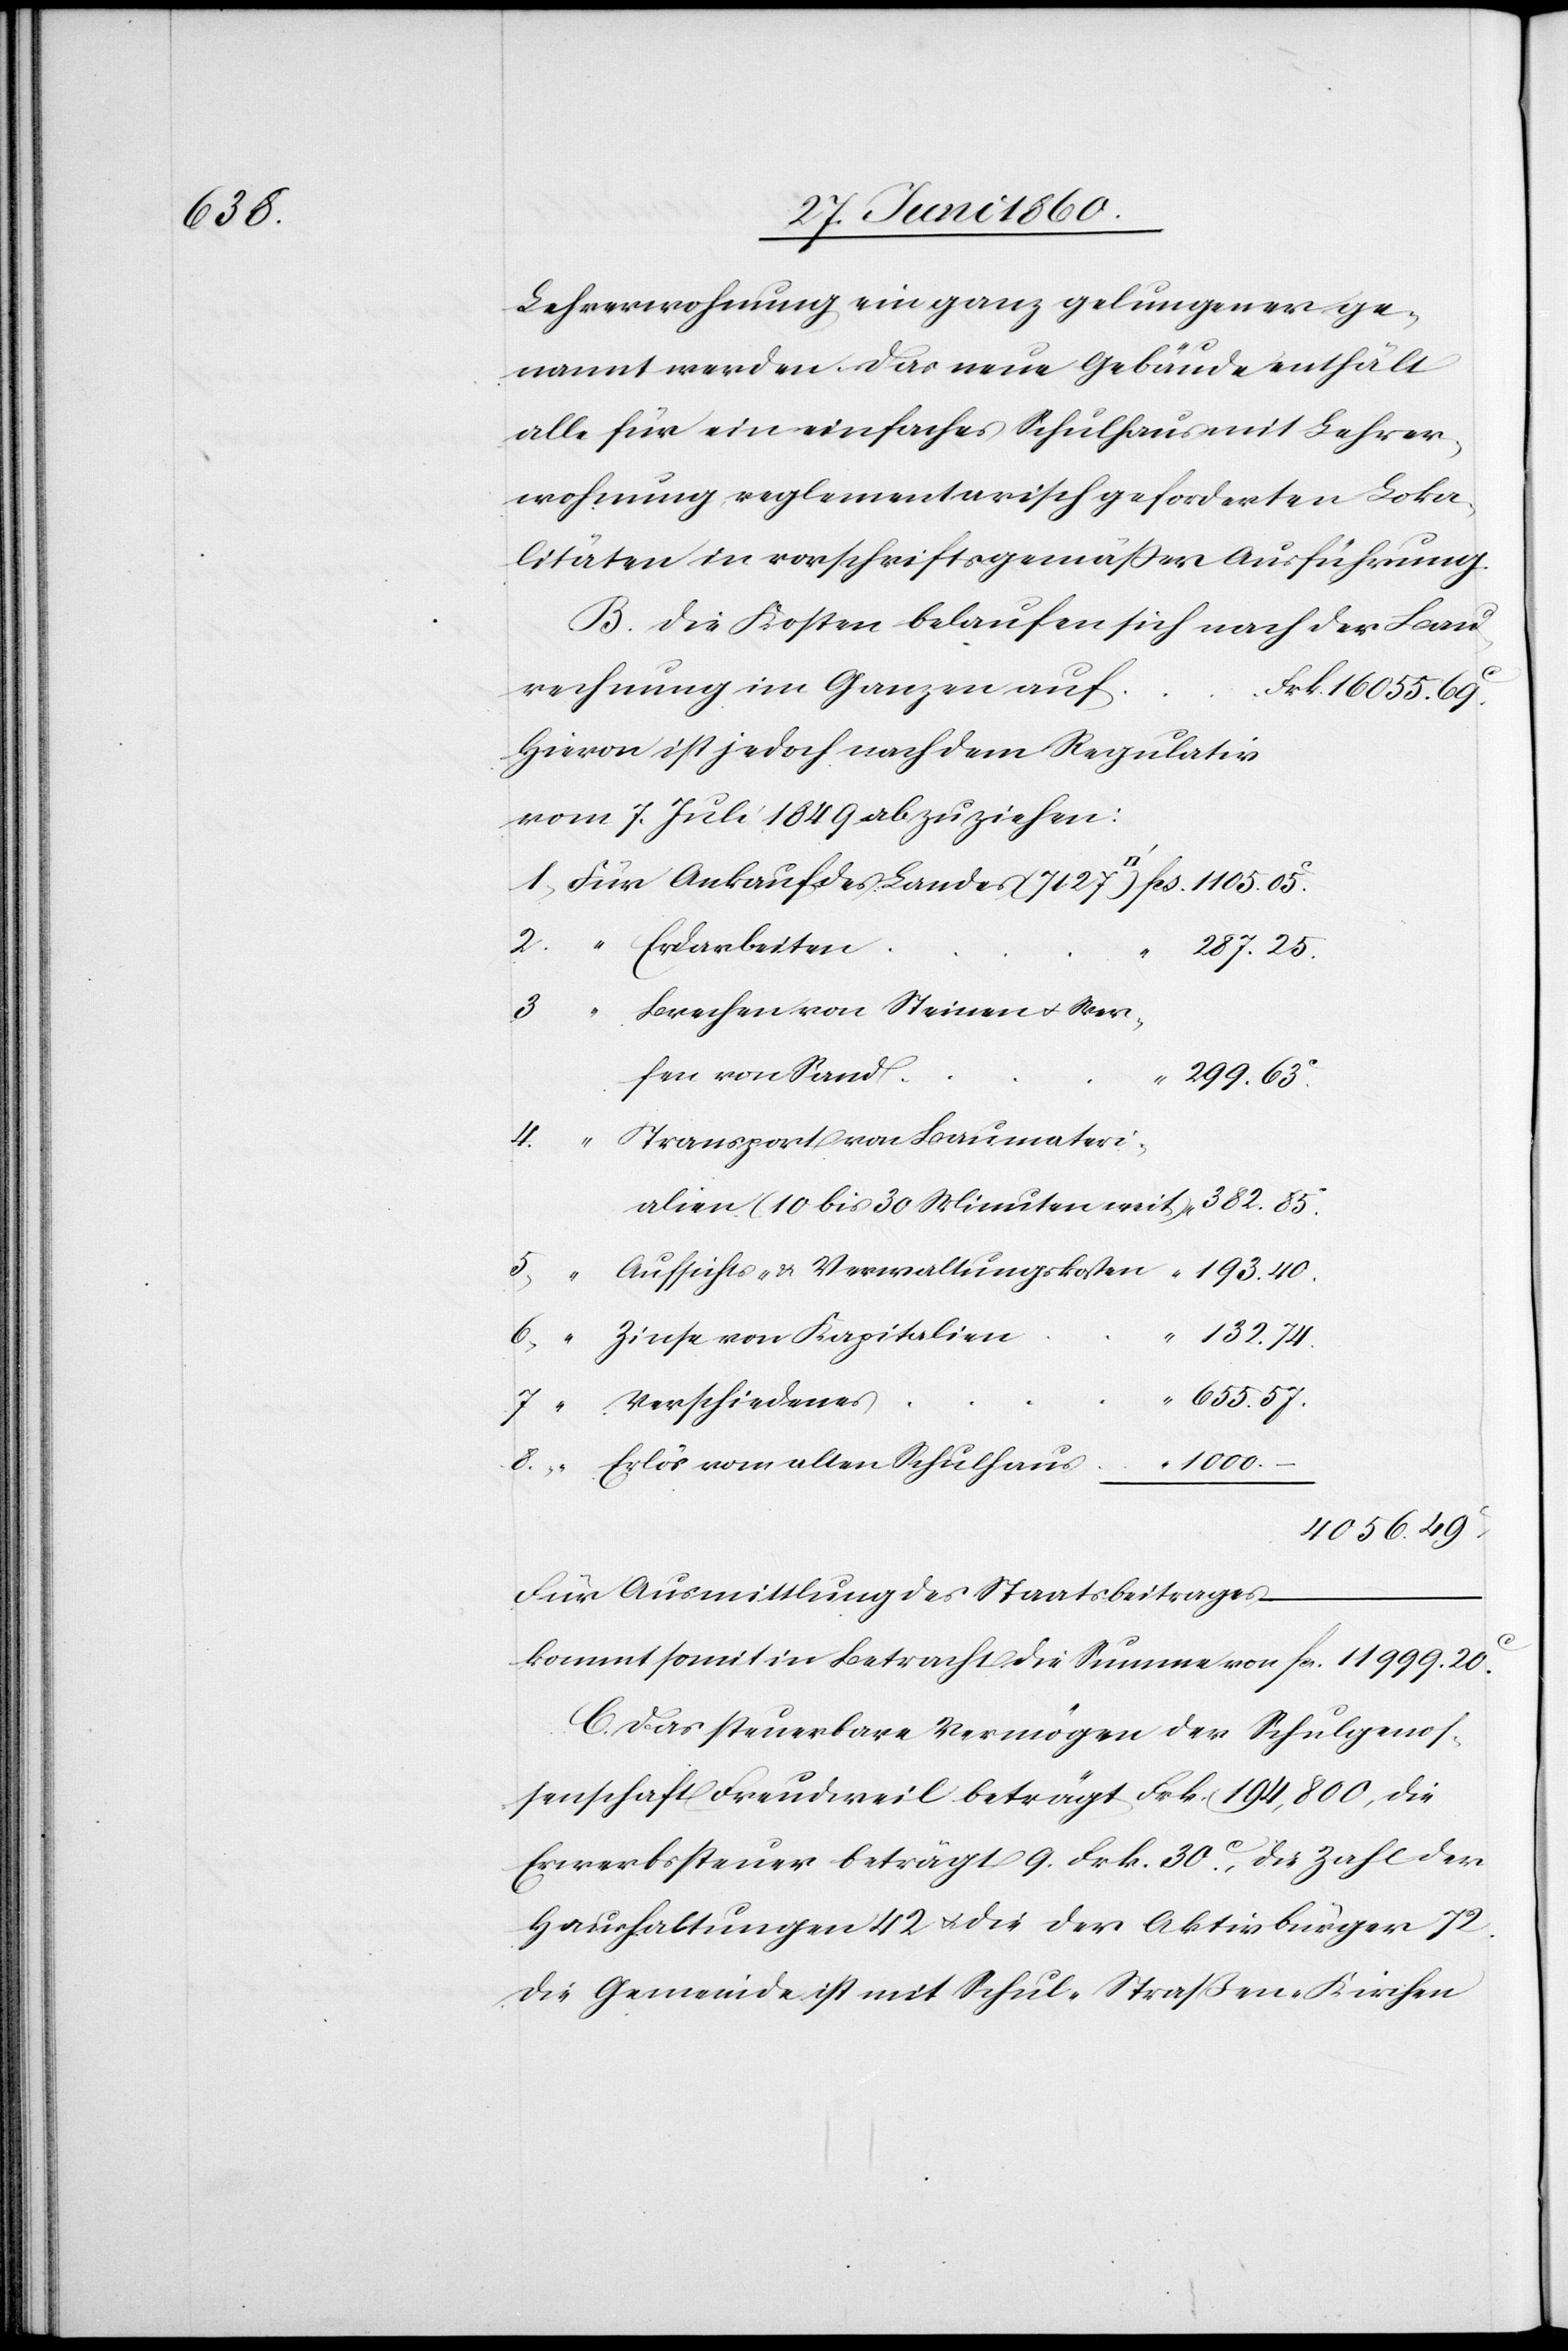
1000.

Lehrerwohnung ein ganz gelungener ge¬
nannt werden. Das neue Gebäude enthält
alle für ein einfaches Schulhaus mit Lehrer¬
wohnung reglementarisch geforderten Loka¬
litäten in vorschriftsgemässer Ausführung.
B. Die Kosten belaufen sich nach der Bau¬
rechnung im Ganzen auf
Hievon ist jedoch nach dem Regulativ
vom 7. Juli 1849 abzuziehen:
287. 25.
Brechen von Steinen u. Wer¬
8.
fen von Sand
299. 63C
Aufsichts- u. Verwaltungskosten
2.
Zinse von Kapitalien
132. 74.
655. 57.
4056. 49C
Für die Ausmittlung des Staatsbeitrages
C. Das steuerbare Vermögen der Schulgenos¬
senschaft Freudweil beträgt Frk. 194,800, die
Erwerbssteuer beträgt 9 Frk. 30C, die Zahl der
Haushaltungen 42 u. die der Aktivbürger 72.
Die Gemeinde ist mit Schul-[,] Straßen-[,] Kirchen[-]

11

20C